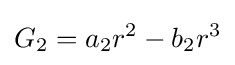
G_{2}=a_{2}r^{2}-b_{2}r^{3}